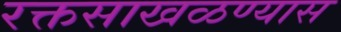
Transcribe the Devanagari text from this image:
रक्तसाखळण्यास